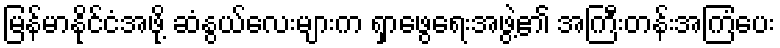
မြန်မာနိုင်ငံအဖို့ ဆံနွယ်လေးများက ရှာဖွေရေးအဖွဲ့၏ အကြီးတန်းအကြံပေး